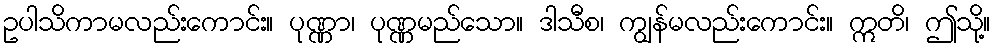
ဥပါသိကာမလည်းကောင်း။ ပုဏ္ဏာ၊ ပုဏ္ဏမည်သော။ ဒါသီစ၊ ကျွန်မလည်းကောင်း။ ဣတိ၊ ဤသို့။